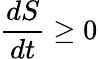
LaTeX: {\frac{dS}{dt}}\geq 0